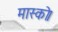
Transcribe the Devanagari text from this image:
मास्को।